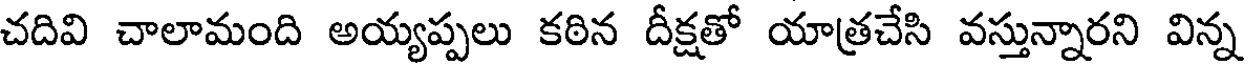
చదివి చాలామంది అయ్యప్పలు కఠిన దీక్షతో యాత్రచేసి వస్తున్నారని విన్న